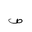
Letter: _sad